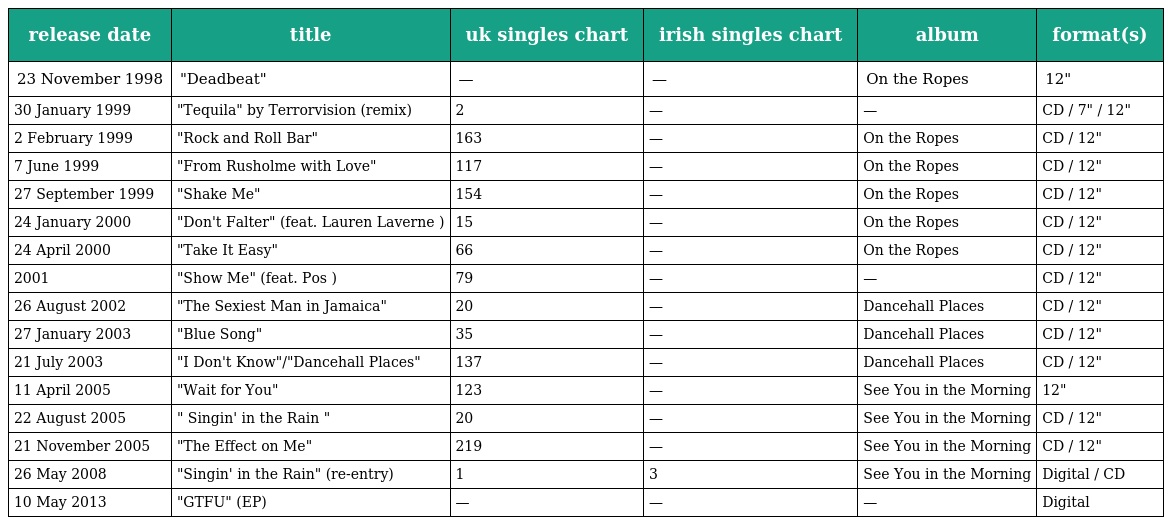
| release date | title | uk singles chart | irish singles chart | album | format(s) |
 | --- | --- | --- | --- | --- | --- |
 | 23 November 1998 | "Deadbeat" | — | — | On the Ropes | 12" |
 | 30 January 1999 | "Tequila" by Terrorvision (remix) | 2 | — | — | CD / 7" / 12" |
 | 2 February 1999 | "Rock and Roll Bar" | 163 | — | On the Ropes | CD / 12" |
 | 7 June 1999 | "From Rusholme with Love" | 117 | — | On the Ropes | CD / 12" |
 | 27 September 1999 | "Shake Me" | 154 | — | On the Ropes | CD / 12" |
 | 24 January 2000 | "Don't Falter" (feat. Lauren Laverne ) | 15 | — | On the Ropes | CD / 12" |
 | 24 April 2000 | "Take It Easy" | 66 | — | On the Ropes | CD / 12" |
 | 2001 | "Show Me" (feat. Pos ) | 79 | — | — | CD / 12" |
 | 26 August 2002 | "The Sexiest Man in Jamaica" | 20 | — | Dancehall Places | CD / 12" |
 | 27 January 2003 | "Blue Song" | 35 | — | Dancehall Places | CD / 12" |
 | 21 July 2003 | "I Don't Know"/"Dancehall Places" | 137 | — | Dancehall Places | CD / 12" |
 | 11 April 2005 | "Wait for You" | 123 | — | See You in the Morning | 12" |
 | 22 August 2005 | " Singin' in the Rain " | 20 | — | See You in the Morning | CD / 12" |
 | 21 November 2005 | "The Effect on Me" | 219 | — | See You in the Morning | CD / 12" |
 | 26 May 2008 | "Singin' in the Rain" (re-entry) | 1 | 3 | See You in the Morning | Digital / CD |
 | 10 May 2013 | "GTFU" (EP) | — | — | — | Digital |